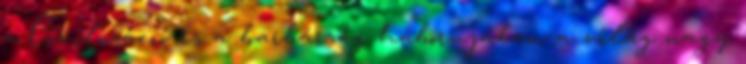
a Civilizáció és a barbárság háborújában a világ nagy